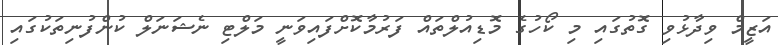
އަޒީމް ވިދާޅުވި ގޮތުގައި މި ކޯހުގެ މޮޑިއުލްތައް ފަރުމާކޮށްފައިވަނީ މަލްޓި ނެޝަނަލް ކުންފުނިތަކުގައި